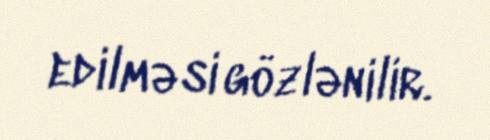
edilməsi gözlənilir.